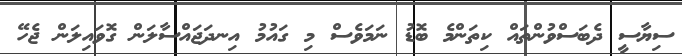
ސިޔާސީ ދެބަސްވުންތައް ކިތަންމެ ބޮޑު ނަމަވެސް މި ގައުމު އިނދަޖައްސާލަން ގޮވައިލަން ޖެހޭ